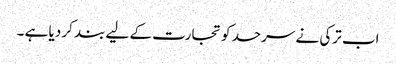
اب ترکی نے سرحد کو تجارت کے لیے بند کر دیا ہے ۔